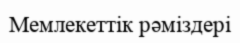
Мемлекеттік рәміздері